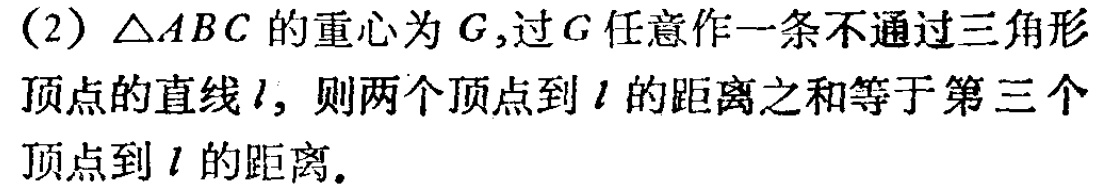
(2) $\triangle ABC$ 的重心为 $G$,过 $G$ 任意作一条不通过三角形顶点的直线 $l$, 则两个顶点到 $l$ 的距离之和等于第三个顶点到 $l$ 的距离.